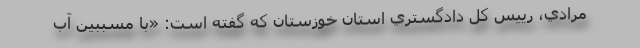
مرادي، رييس ‌كل دادگستري استان خوزستان كه گفته است: «با مسببين آب